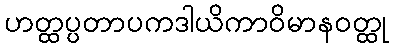
ဟတ္ထပ္ပတာပကဒါယိကာဝိမာနဝတ္ထု